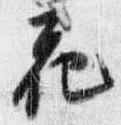
花